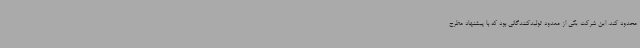
محدود کند. این شرکت یکی از معدود تولیدکنندگانی بود که با پیشنهاد مطرح